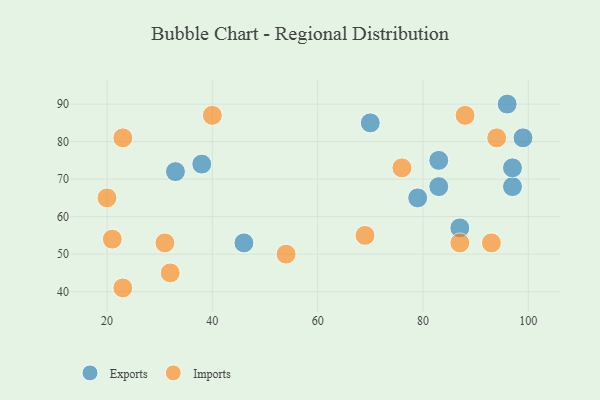
{"axis": {"x": "GDP", "y": "Life Expectancy"}, "legend": ["Exports", "Imports"], "data": [{"x": "83", "y": 68, "type": "Exports"}, {"x": "79", "y": 65, "type": "Exports"}, {"x": "97", "y": 68, "type": "Exports"}, {"x": "33", "y": 72, "type": "Exports"}, {"x": "87", "y": 57, "type": "Exports"}, {"x": "97", "y": 73, "type": "Exports"}, {"x": "83", "y": 75, "type": "Exports"}, {"x": "46", "y": 53, "type": "Exports"}, {"x": "96", "y": 90, "type": "Exports"}, {"x": "99", "y": 81, "type": "Exports"}, {"x": "70", "y": 85, "type": "Exports"}, {"x": "38", "y": 74, "type": "Exports"}, {"x": "32", "y": 45, "type": "Imports"}, {"x": "23", "y": 81, "type": "Imports"}, {"x": "23", "y": 41, "type": "Imports"}, {"x": "87", "y": 53, "type": "Imports"}, {"x": "40", "y": 87, "type": "Imports"}, {"x": "20", "y": 65, "type": "Imports"}, {"x": "54", "y": 50, "type": "Imports"}, {"x": "76", "y": 73, "type": "Imports"}, {"x": "93", "y": 53, "type": "Imports"}, {"x": "94", "y": 81, "type": "Imports"}, {"x": "21", "y": 54, "type": "Imports"}, {"x": "88", "y": 87, "type": "Imports"}, {"x": "31", "y": 53, "type": "Imports"}, {"x": "69", "y": 55, "type": "Imports"}]}